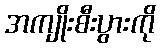
အကျိုးစီးပွားကို